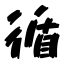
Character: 循